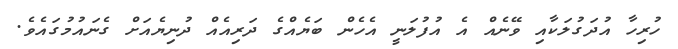
ހުރިހާ އުދަގުލަކާއި ވޭނެއް އެ އުފުލަނީ އެހެން ބަޔެއްގެ ދަރިއެއް ދުނިޔެއަށް ގެނައުމުގައެވެ.